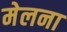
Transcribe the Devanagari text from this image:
मेलना